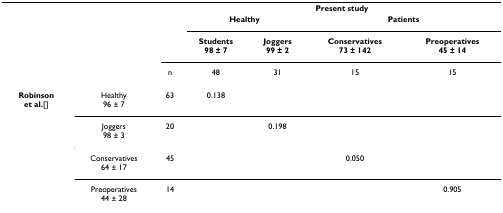
|  |  |  | <COLSPAN=4> Present study |
 |  |  |  | <COLSPAN=2> Healthy | <COLSPAN=2> Patients |
 |  |  |  | Students98 ± 7 | Joggers99 ± 2 | Conservatives73 ± 142 | Preoperatives45 ± 14 |
 |  |  | n | 48 | 31 | 15 | 15 |
 | --- | --- | --- | --- | --- | --- | --- |
 | Robinson[et al. 8] | Healthy96 ± 7 | 63 | 0.138 |  |  |  |
 |  | Joggers98 ± 3 | 20 |  | 0.198 |  |  |
 |  | Conservatives64 ± 17 | 45 |  |  | 0.050 |  |
 |  | Preoperatives44 ± 28 | 14 |  |  |  | 0.905 |